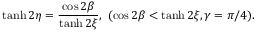
\operatorname { t a n h } 2 \eta = \frac { \cos 2 \beta } { \operatorname { t a n h } 2 \xi } , { \mathrm { ~ } } ( \cos 2 \beta < \operatorname { t a n h } 2 \xi , \gamma = \pi / 4 ) .